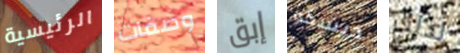
الرئيسية وصفات إبق ديسكو لذلك